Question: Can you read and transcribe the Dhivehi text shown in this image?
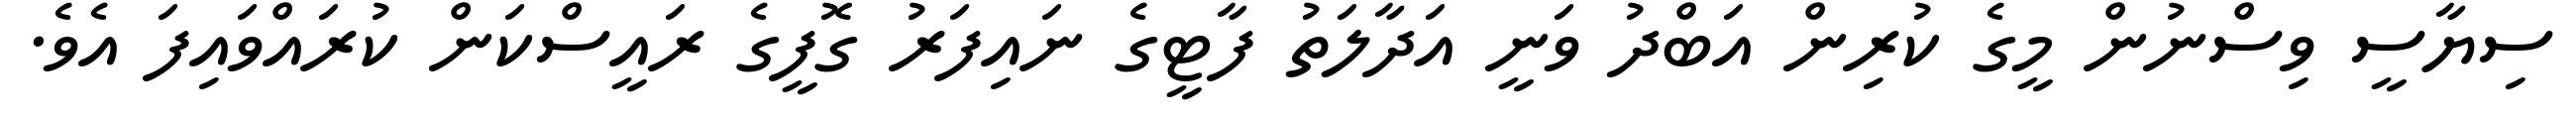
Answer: ސިޔާސީ ވިސްނުން މީގެ ކުރިން އަބްދު ވަނީ އަދާލަތު ފާޓީގެ ނައިފަރު ގޮފީގެ ރައީސްކަން ކުރައްވައިފަ އެވެ.